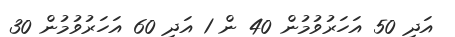
އަދި 50 އަހަރުވުމުން 40 ން 1 އަދި 60 އަހަރުވުމުން 30